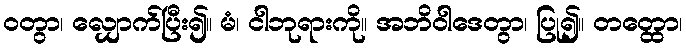
ဝတွာ၊ လျှောက်ပြီး၍။ မံ၊ ငါဘုရားကို။ အဘိဝါဒေတွာ၊ ပြု၍။ တတ္ထော၊